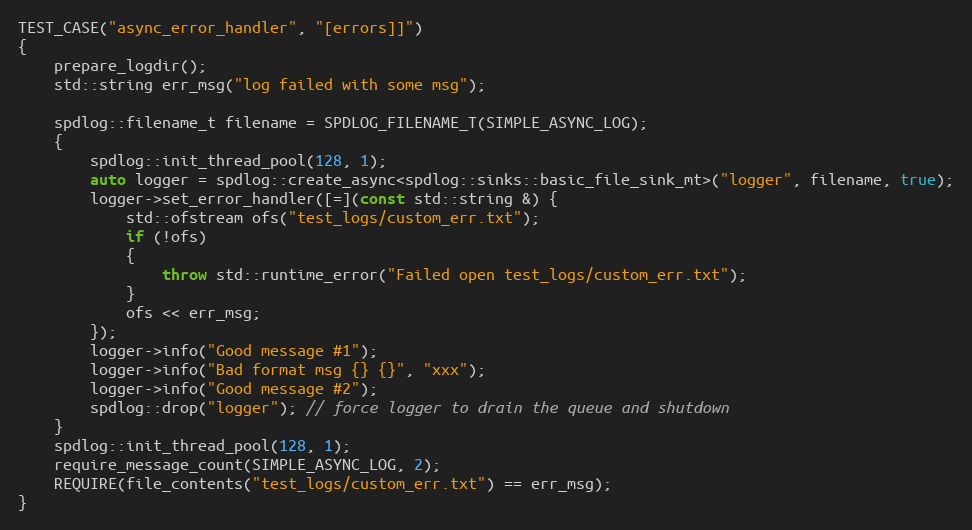
Language: C++
TEST_CASE("async_error_handler", "[errors]]")
{
    prepare_logdir();
    std::string err_msg("log failed with some msg");

    spdlog::filename_t filename = SPDLOG_FILENAME_T(SIMPLE_ASYNC_LOG);
    {
        spdlog::init_thread_pool(128, 1);
        auto logger = spdlog::create_async<spdlog::sinks::basic_file_sink_mt>("logger", filename, true);
        logger->set_error_handler([=](const std::string &) {
            std::ofstream ofs("test_logs/custom_err.txt");
            if (!ofs)
            {
                throw std::runtime_error("Failed open test_logs/custom_err.txt");
            }
            ofs << err_msg;
        });
        logger->info("Good message #1");
        logger->info("Bad format msg {} {}", "xxx");
        logger->info("Good message #2");
        spdlog::drop("logger"); // force logger to drain the queue and shutdown
    }
    spdlog::init_thread_pool(128, 1);
    require_message_count(SIMPLE_ASYNC_LOG, 2);
    REQUIRE(file_contents("test_logs/custom_err.txt") == err_msg);
}